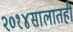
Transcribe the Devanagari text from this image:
२०१४सालातही